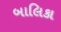
બાલિકા